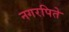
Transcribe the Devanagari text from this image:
नगरपिते